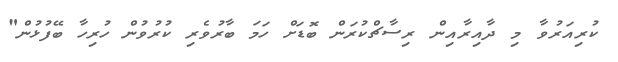
ކުރިއަރުވާ މި ދާއިރާއިން ރިސާޗްކުރަން ބޮޑަށް ހަމަ ބާރުވެރި ކުރުވުން ހުރިހާ ބޭފުޅުން"